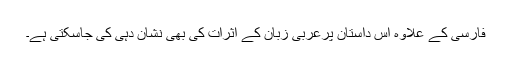
فارسی کے علاوہ اس داستان پرعربی زبان کے اثرات کی بھی نشان دِہی کی جاسکتی ہے۔